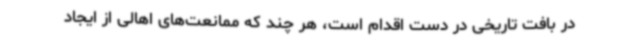
در بافت تاریخی در دست اقدام است، هر چند که ممانعت‌های اهالی از ایجاد